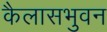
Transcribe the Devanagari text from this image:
कैलासभुवन